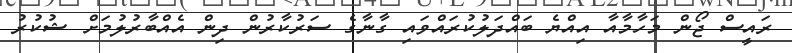
ރައީސް ޖޯން މަހާމާއާ އިއްޔެ ބައްދަލުކުރައްވައި ގާނާގެ ސަރުކާރުން ދިން އެއްބާރުލުމަށް ޝުކުރު